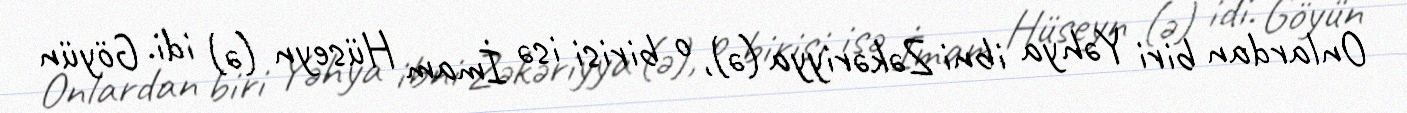
Onlardan biri Yəhya ibni Zəkəriyya (ə), o birisi isə İmam Hüseyn (ə) idi. Göyün